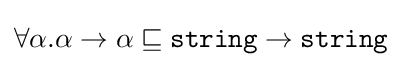
\forall \alpha .\alpha \rightarrow \alpha \sqsubseteq {\texttt {string}}\rightarrow {\texttt {string}}